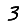
Digit: 3